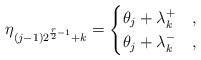
LaTeX: \begin{align*} \eta_{(j-1)2^{{r\over 2}-1}+k}= \begin{cases} \theta_j + \lambda_k^+ & ,\\ \theta_j + \lambda_k^- & , \end{cases}\end{align*}